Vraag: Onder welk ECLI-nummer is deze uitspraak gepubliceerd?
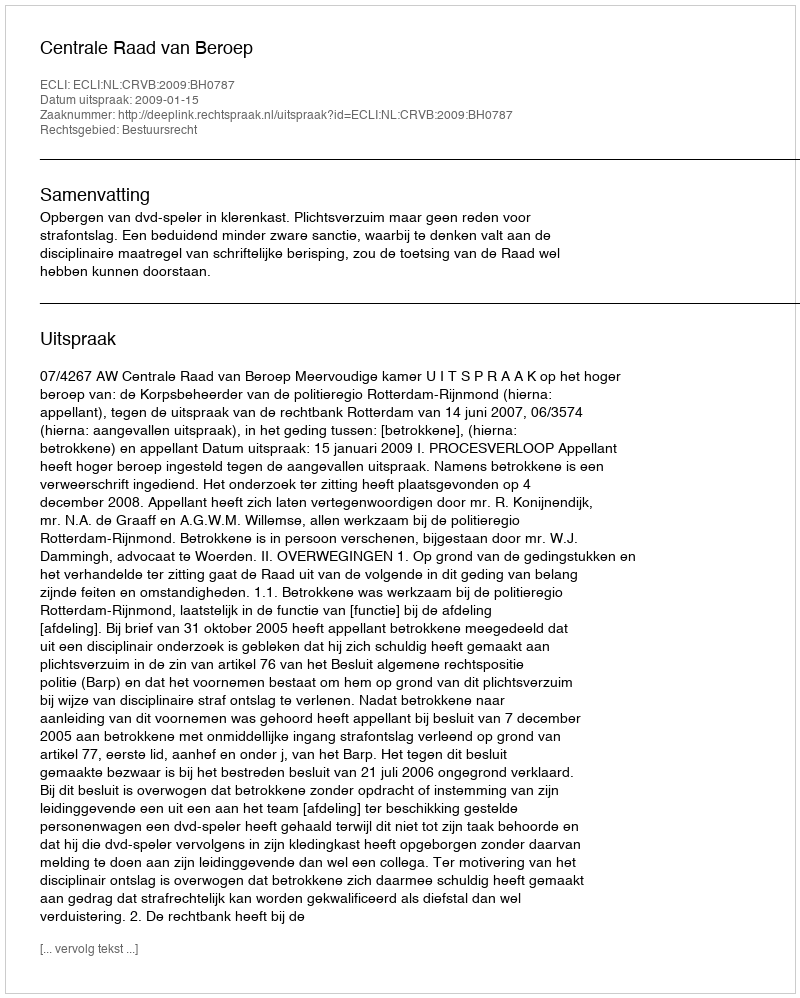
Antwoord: ECLI:NL:CRVB:2009:BH0787